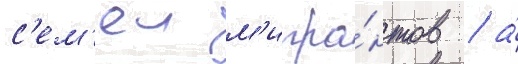
с'ем'еи м'игра́нтов / а́